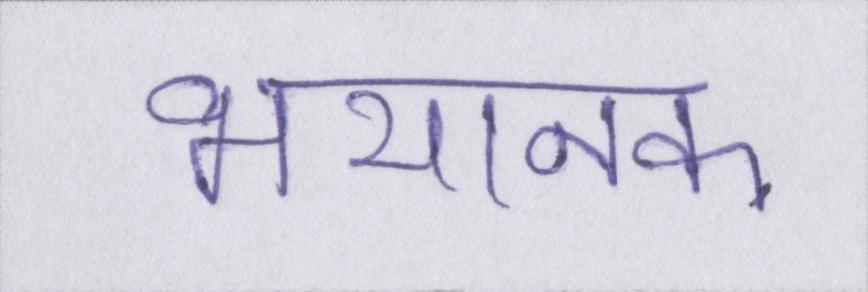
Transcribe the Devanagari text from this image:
भयानक